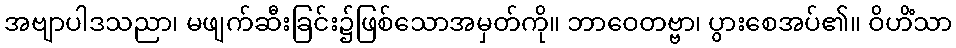
အဗျာပါဒသညာ၊ မဖျက်ဆီးခြင်း၌ဖြစ်သောအမှတ်ကို။ ဘာဝေတဗ္ဗာ၊ ပွားစေအပ်၏။ ဝိဟိံသာ